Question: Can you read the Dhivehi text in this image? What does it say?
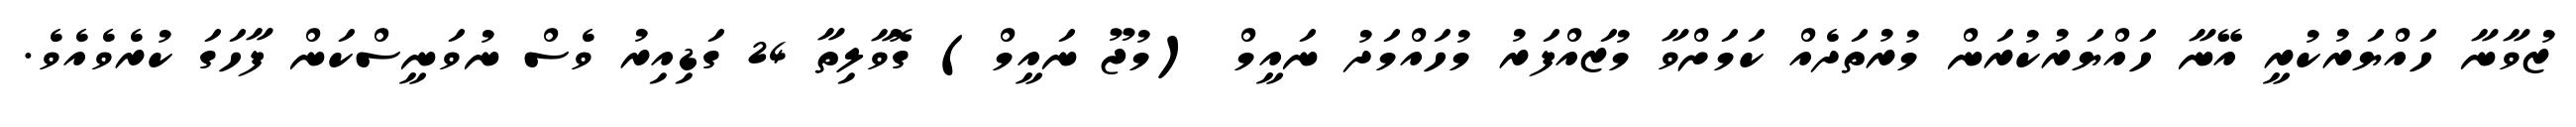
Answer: ޒުވާނާ ހައްޔަރުކުރީ އޭނާ ހައްޔަރުކުރަން މުރުތަދެއް ކަމަށްވާ މުޒައްފަރު މުހައްމަދު ނައީމް (މުޖޫ ނައީމް) ގޮވާލިތާ 24 ގަޑިއިރު ވެސް ނުވަނީސްކަން ފާހަގަ ކުރެވެއެވެ.